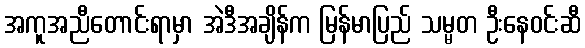
အကူအညီတောင်းရာမှာ အဲဒီအချိန်က မြန်မာပြည် သမ္မတ ဦးနေဝင်းဆီ